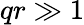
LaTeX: qr\gg 1